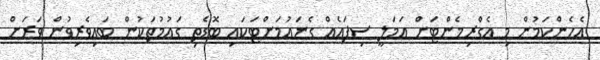
އެހެންކަމުން މި އެގްރިމެންޓަށް އަމަލީ ސިފައެއް ގެނައުމަށްޓަކައި ބޮޑެތި ގައުމުތަކުން ބައިވެރިވުން ވަރަށް